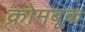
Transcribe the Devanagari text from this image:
क्रोमबूक